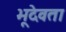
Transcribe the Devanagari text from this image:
भूदेवता